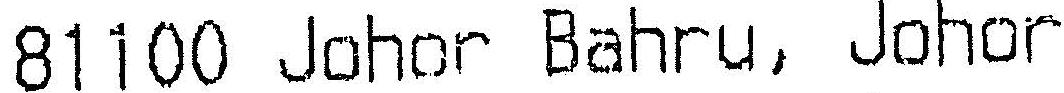
81100 JOHOR BAHRU, JOHOR